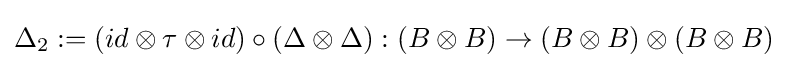
\Delta _{2}:=(id\otimes \tau \otimes id)\circ (\Delta \otimes \Delta ):(B\otimes B)\to (B\otimes B)\otimes (B\otimes B)